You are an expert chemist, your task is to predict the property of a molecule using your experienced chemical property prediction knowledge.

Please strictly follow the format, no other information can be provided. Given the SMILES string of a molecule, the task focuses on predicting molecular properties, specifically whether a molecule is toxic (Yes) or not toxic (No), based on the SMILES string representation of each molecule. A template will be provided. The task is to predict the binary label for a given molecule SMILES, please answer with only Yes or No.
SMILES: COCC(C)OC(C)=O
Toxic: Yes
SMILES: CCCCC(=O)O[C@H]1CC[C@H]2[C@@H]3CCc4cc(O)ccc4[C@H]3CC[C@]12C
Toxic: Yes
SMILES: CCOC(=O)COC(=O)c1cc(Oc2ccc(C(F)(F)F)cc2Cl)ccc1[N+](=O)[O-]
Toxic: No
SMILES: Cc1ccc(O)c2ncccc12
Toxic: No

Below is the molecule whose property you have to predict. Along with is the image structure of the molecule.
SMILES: C=CC(=O)NCOCC(C)C
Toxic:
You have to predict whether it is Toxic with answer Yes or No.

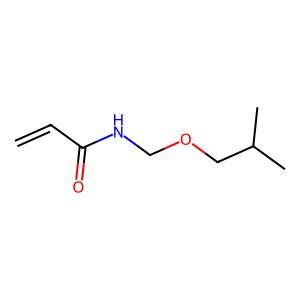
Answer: No